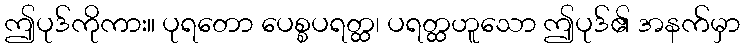
ဤပုဒ်ကိုကား။ ပုရတော ပေစ္စပရတ္ထ၊ ပရတ္ထဟူသော ဤပုဒ်၏ အနက်မှာ